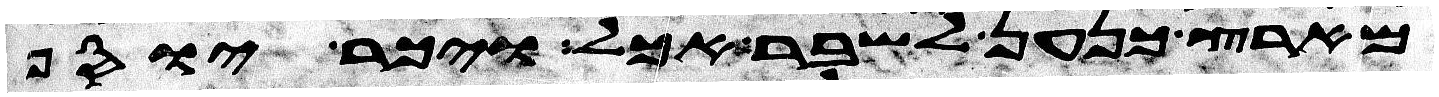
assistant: מארץ כנען לשבר אכל ויכר יוסף